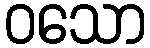
ဝသော